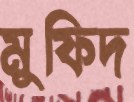
মুফিদ